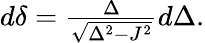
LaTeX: \begin{array}{r}{d\delta=\frac{\Delta}{\sqrt{\Delta^{2}-J^{2}}}d\Delta.}\end{array}